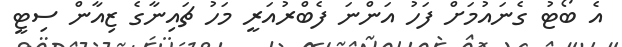
އެ ބޯޓު ގެނައުމަށް ފަހު އަންނަ ފެބްރުއަރީ މަހު ޗައިނާގެ ޒިއާން ސިޓީ